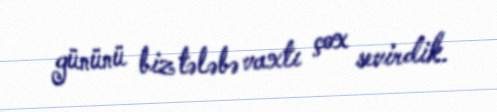
gününü biz tələbə vaxtı çox sevirdik.